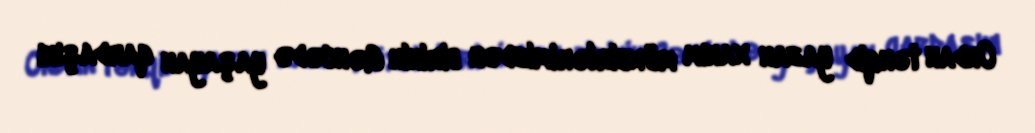
Ondan tənqid yazan xanım müxbirlərimizdən birinin Gəncədə yaşayan qardaşını